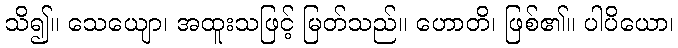
သိ၍။ သေယျော၊ အထူးသဖြင့် မြတ်သည်။ ဟောတိ၊ ဖြစ်၏။ ပါပိယော၊